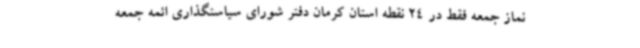
نماز جمعه فقط در 24 نقطه استان کرمان دفتر شورای سیاستگذاری ائمه جمعه